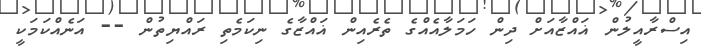
އިސްރާއީލުން ޣައްޒާއަށް ދިން ހަމަލާއެއްގެ ތެރެއިން ޣައްޒާގެ ނިކަމެތި ރައްޔިތުން -- އަނެއްކަމަކީ